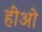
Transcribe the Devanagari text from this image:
हीओ